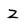
Character: Z